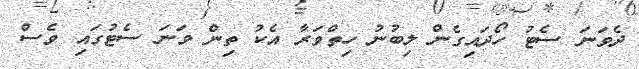
ދެވަނަ ސެޓު ހޯދައިގެން ލިބުނު ހިތްވަރާ އެކު ތިން ވަނަ ސެޓުގައި ވެސް